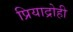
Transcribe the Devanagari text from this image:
प्रियाद्रोही